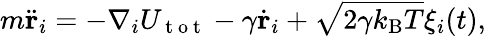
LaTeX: m\ddot{\mathbf{r}}_{i}=-\nabla_{i}U_{\mathrm{~t~o~t~}}-\gamma\dot{\mathbf{r}}_{i}+\sqrt{2\gamma k_{\mathrm{B}}T}\xi_{i}(t),